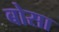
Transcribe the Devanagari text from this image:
बोसा